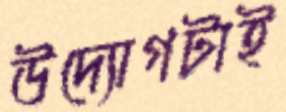
উদ্যোগটাই